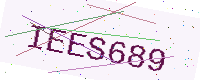
Text: IEES689